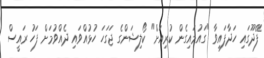
ފޭދޫގައި ހަދާފައިވާ "ގައުމައިގެން ކުރިއަށް" ކޯލިޝަންގެ ޖަގަހަ ހުޅުއްވައި ދެއްވުމަށް ފަހު ރައީސް